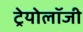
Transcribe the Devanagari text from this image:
ट्रेयोलॉजी